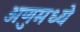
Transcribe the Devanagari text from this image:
अणुमध्ये